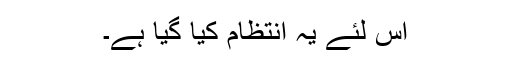
اس لئے یہ انتظام کیا گیا ہے۔